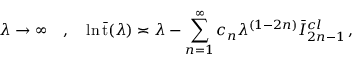
\lambda \rightarrow \infty \quad , \quad \ln \bar { \mathrm { t } } ( \lambda ) \asymp \lambda - \sum _ { n = 1 } ^ { \infty } c _ { n } \lambda ^ { ( 1 - 2 n ) } \bar { I } _ { 2 n - 1 } ^ { c l } \, ,